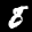
Label: 8